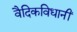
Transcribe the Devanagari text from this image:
वैदिकविधानीं